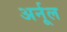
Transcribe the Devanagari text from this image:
अर्नूल